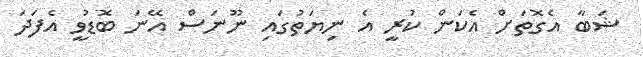
ޝަބާ އެގޮތަށް އެކަން ކުރީ އެ ނިޔަތުގައި ނޫނަސް އޭނަ ބޮޑުވީ އެފަދަ